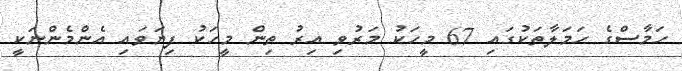
ހަމާސްގެ ހަމަލާތަކުގައި 67 މީހަކު މަރުވި އިރު ތިން މީހަކު ފިޔަވައި އެންމެންނަކީ